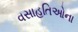
વસાહતિઓના